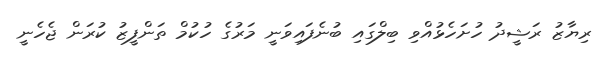
ރިޔާޒު ރަޝީދު ހުށަހެޅުއްވި ބިލްގައި ބުނެފައިވަނީ މަރުގެ ހުކުމް ތަންފީޒު ކުރަން ޖެހެނީ